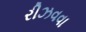
રીઝવવા